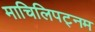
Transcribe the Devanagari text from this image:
माचिलिपट्नम